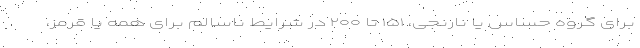
برای گروه حساس یا نارنجی، ۱۵۱ تا ۲۰۰ در شرایط ناسالم برای همه یا قرمز،